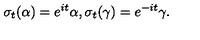
\sigma _ { t } ( \alpha ) = e ^ { i t } \alpha , \sigma _ { t } ( \gamma ) = e ^ { - i t } \gamma .